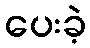
ပေးခဲ့